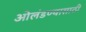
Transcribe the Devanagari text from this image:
ओलंडण्यासाठी